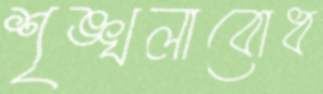
শৃঙ্খলাবোধ